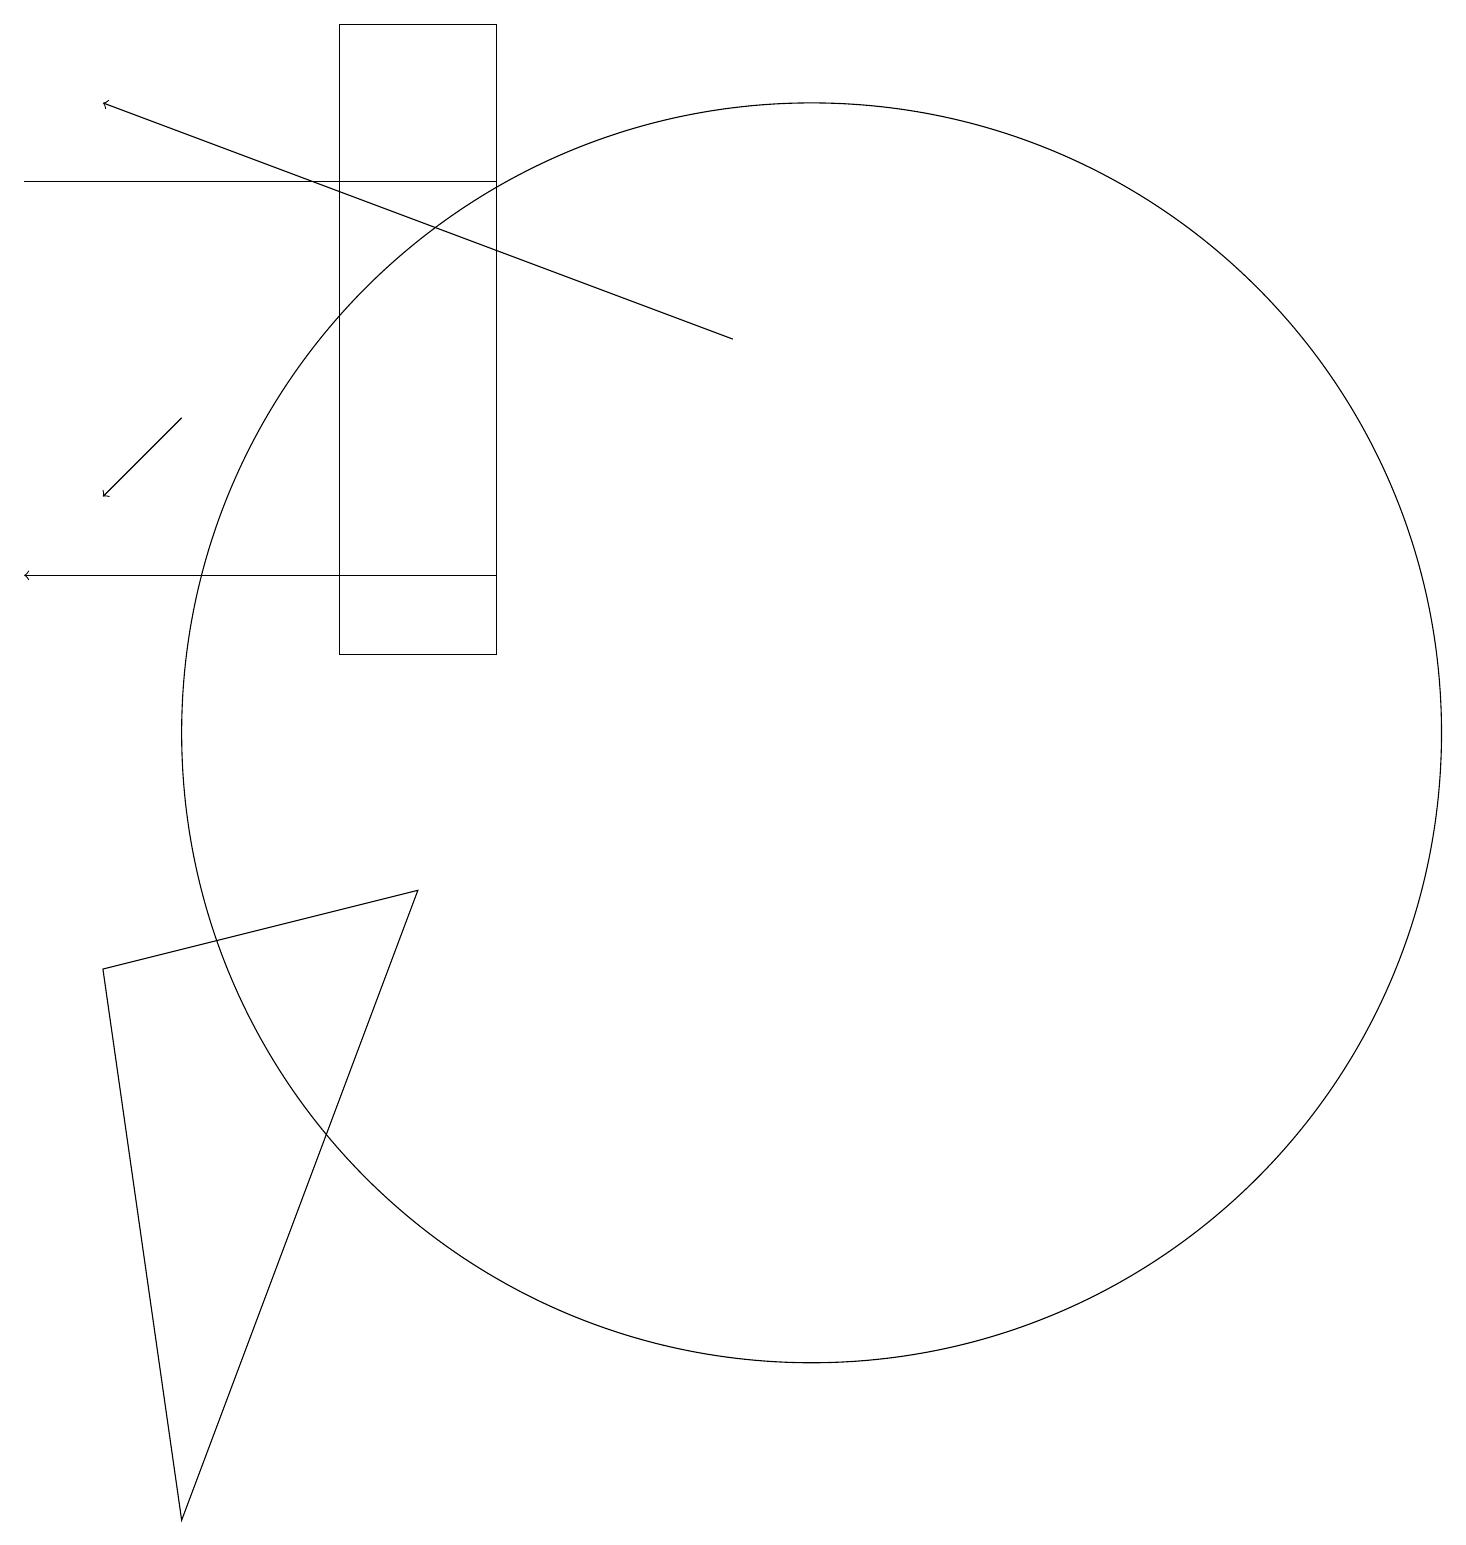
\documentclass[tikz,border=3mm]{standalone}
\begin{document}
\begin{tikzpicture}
\draw[->] (2,14) -- (1,13);
\draw (0,17) rectangle (6,17);
\draw (5,8) -- (1,7) -- (2,0) -- cycle;
\draw (6,19) rectangle (4,11);
\draw (10,10) circle (8);
\draw[->] (6,12) -- (0,12);
\draw[->] (9,15) -- (1,18);
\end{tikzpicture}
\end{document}